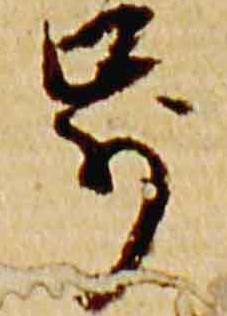
歩